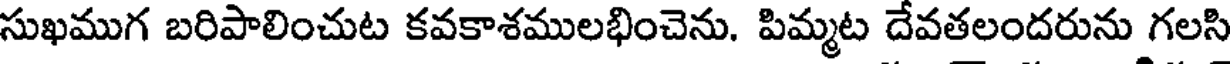
సుఖముగ బరిపాలించుట కవకాశములభించెను. పిమ్మట దేవతలందరును గలసి